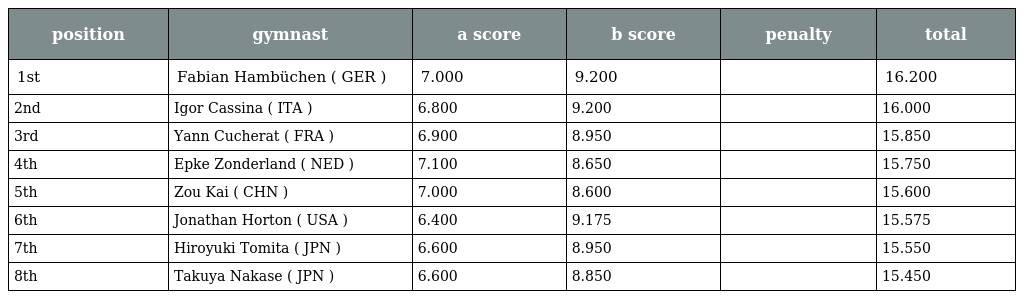
| position | gymnast | a score | b score | penalty | total |
 | --- | --- | --- | --- | --- | --- |
 | 1st | Fabian Hambüchen ( GER ) | 7.000 | 9.200 |  | 16.200 |
 | 2nd | Igor Cassina ( ITA ) | 6.800 | 9.200 |  | 16.000 |
 | 3rd | Yann Cucherat ( FRA ) | 6.900 | 8.950 |  | 15.850 |
 | 4th | Epke Zonderland ( NED ) | 7.100 | 8.650 |  | 15.750 |
 | 5th | Zou Kai ( CHN ) | 7.000 | 8.600 |  | 15.600 |
 | 6th | Jonathan Horton ( USA ) | 6.400 | 9.175 |  | 15.575 |
 | 7th | Hiroyuki Tomita ( JPN ) | 6.600 | 8.950 |  | 15.550 |
 | 8th | Takuya Nakase ( JPN ) | 6.600 | 8.850 |  | 15.450 |